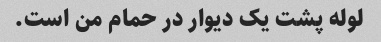
لوله پشت یک دیوار در حمام من است.